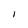
Character: l